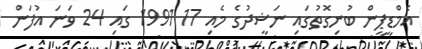
އެމްޑީޕީން ބުނިގޮތުގައި ނަޝީދުގެ މެއި 17 1991 ގައި 24 ވަނަ އުފަން